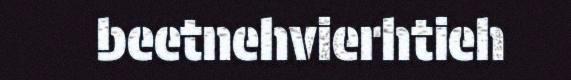
beetnehvierhtieh